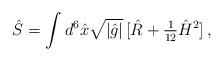
LaTeX: \begin{align*}\hat{S}=\int d^{6}\hat{x}\sqrt{|\hat{g}|}\, [\hat{R}+{\textstyle\frac{1}{12}} \hat{H}^{2}]\, ,\end{align*}